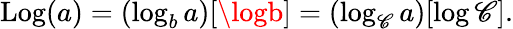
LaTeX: \operatorname{Log}(a)=(\log_{b}a)[\logb]=(\log_{\mathscr{C}}a)[\log\mathscr{C}].